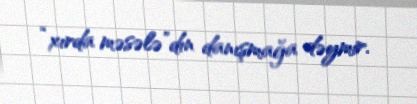
“xırda məsələ”dın danışmağa dəymir.